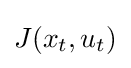
J(x_{t},u_{t})